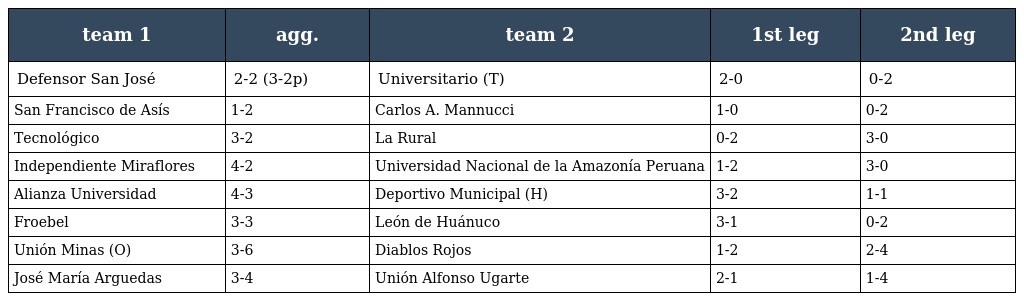
| team 1 | agg. | team 2 | 1st leg | 2nd leg |
 | --- | --- | --- | --- | --- |
 | Defensor San José | 2-2 (3-2p) | Universitario (T) | 2-0 | 0-2 |
 | San Francisco de Asís | 1-2 | Carlos A. Mannucci | 1-0 | 0-2 |
 | Tecnológico | 3-2 | La Rural | 0-2 | 3-0 |
 | Independiente Miraflores | 4-2 | Universidad Nacional de la Amazonía Peruana | 1-2 | 3-0 |
 | Alianza Universidad | 4-3 | Deportivo Municipal (H) | 3-2 | 1-1 |
 | Froebel | 3-3 | León de Huánuco | 3-1 | 0-2 |
 | Unión Minas (O) | 3-6 | Diablos Rojos | 1-2 | 2-4 |
 | José María Arguedas | 3-4 | Unión Alfonso Ugarte | 2-1 | 1-4 |